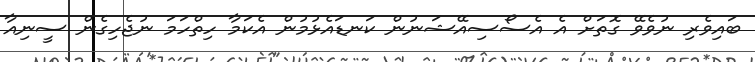
ބައިވެރި ނުވެވޭ ގޮތަށް އެ އެސޯސިއޭޝަނުން ކަނޑައެޅުމުން އެކަމާ ހިތްހަމަ ނުޖެހިގެން ސީނިއާ